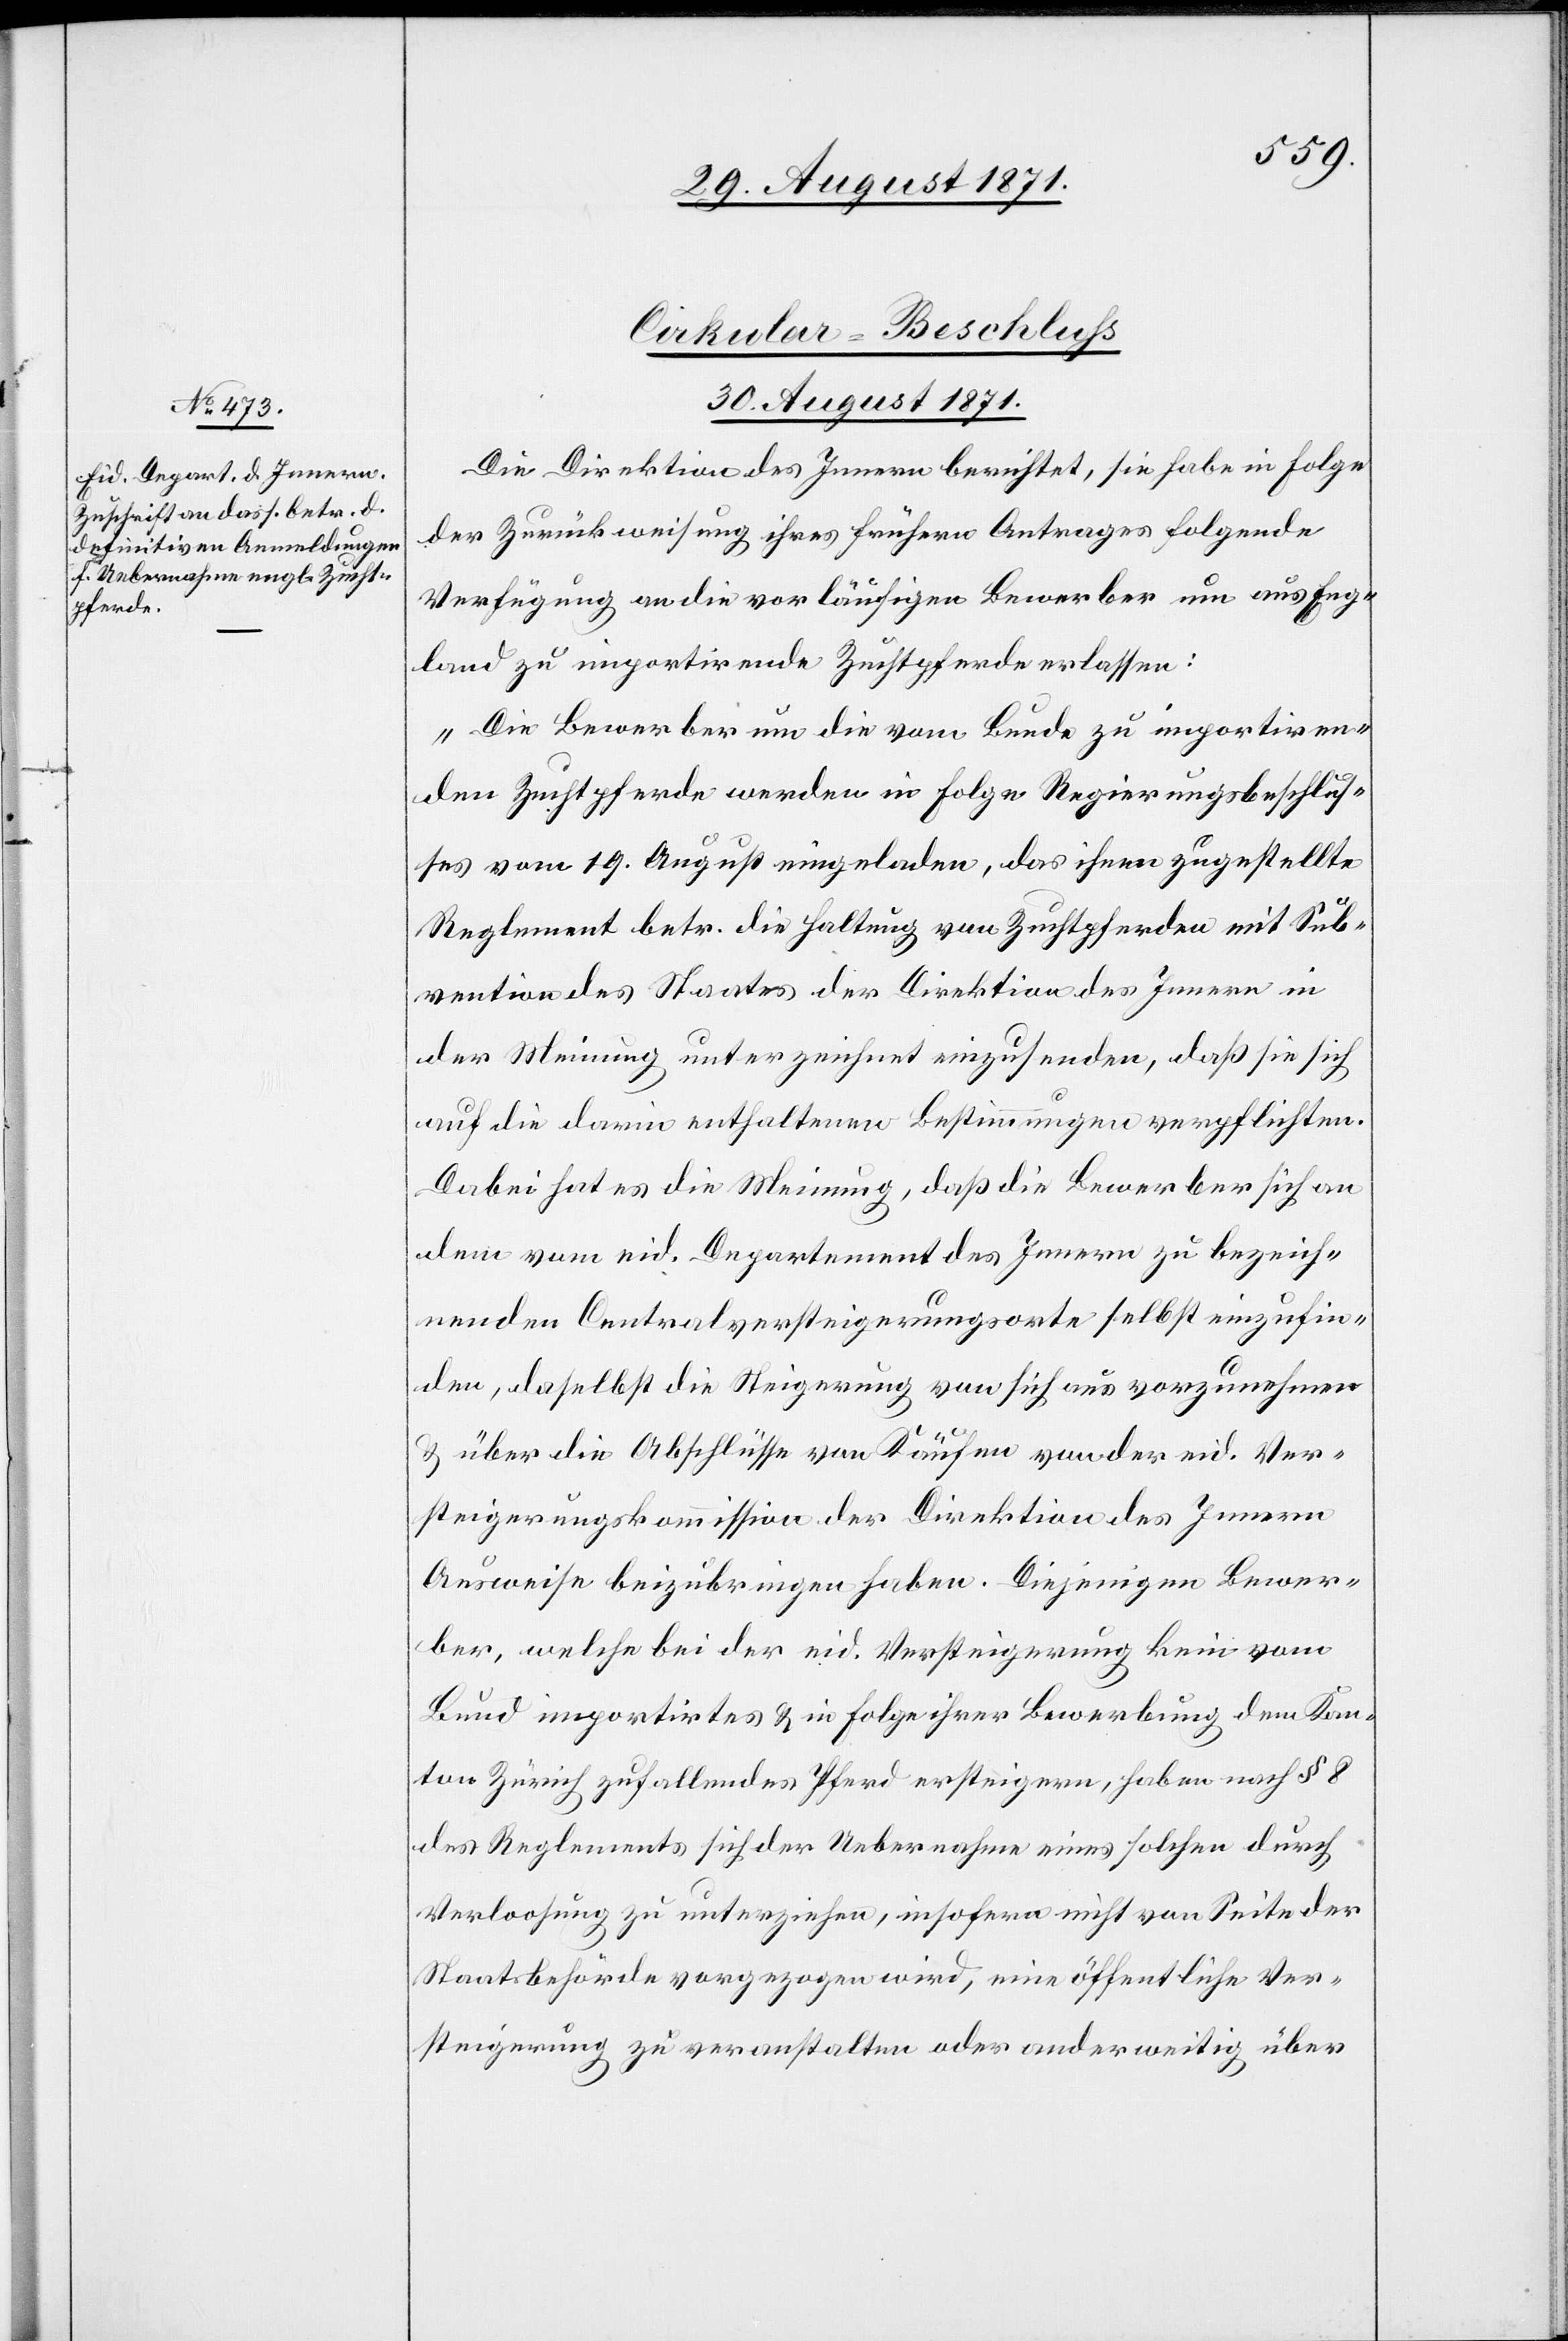
Cirkular-Beschluß.
30. August 1871.
Die Direktion des Innern berichtet, sie habe in Folge
der Zurückweisung ihres frühern Antrages folgende
Verfügung an die vorläufigen Bewerber um aus Eng¬
land zu importirende Zuchtpferde erlassen:
„Die Bewerber um die vom Bunde zu importiren¬
den Zuchtpferde werden in Folge Regierungsbeschlus¬
ses vom 19. August eingeladen, das ihnen zugestellte
Reglement betr. die Haltung von Zuchtpferden mit Sub¬
vention des Staates der Direktion des Innern in
der Meinung unterzeichnet einzusenden, daß sie sich
auf die darin enthaltenen Bestimmungen verpflichten.
Dabei hat es die Meinung, daß die Bewerber sich an
dem vom eid. Departement des Innern zu bezeich¬
nenden Centralversteigerungsorte selbst einzufin¬
den, daselbst die Steigerung von sich aus vorzunehmen
& über die Abschlüsse von Käufen von der eid. Ver¬
steigerungskommission der Direktion des Innern
Ausweise beizubringen haben. Diejenigen Bewer¬
ber, welche bei der eid. Versteigerung kein vom
Bund importirtes & in Folge ihrer Bewerbung dem Kan¬
ton Zürich zufallendes Pferd ersteigern, haben nach § 8
des Reglements sich der Uebernahme eines solchen durch
Verloosung zu unterziehen, insofern nicht von Seite der
Staatsbehörde vorgezogen wird, eine öffentliche Ver¬
steigerung zu veranstalten oder anderweitig über